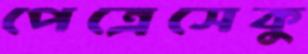
পেত্রেসেকু